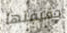
حقيقتها